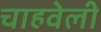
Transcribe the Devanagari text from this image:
चाहवेली